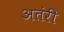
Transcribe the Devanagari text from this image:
अतंरीं